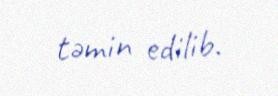
təmin edilib.